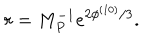
LaTeX: r = M _ { P } ^ { - 1 } e ^ { 2 \phi ^ { ( 1 0 ) } / 3 } .